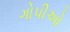
ગોપીઓ